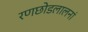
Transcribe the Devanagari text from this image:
रणछोडलालनां